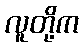
လူတို့က